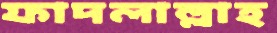
ফাদলাল্লাহ